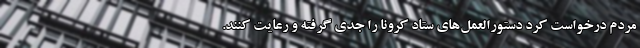
مردم درخواست کرد دستور‌العمل‌های ستاد کرونا را جدی گرفته و رعایت کنند.